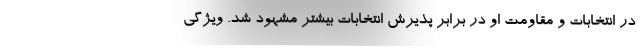
در انتخابات و مقاومت او در برابر پذیرش انتخابات بیشتر مشهود شد. ویژگی